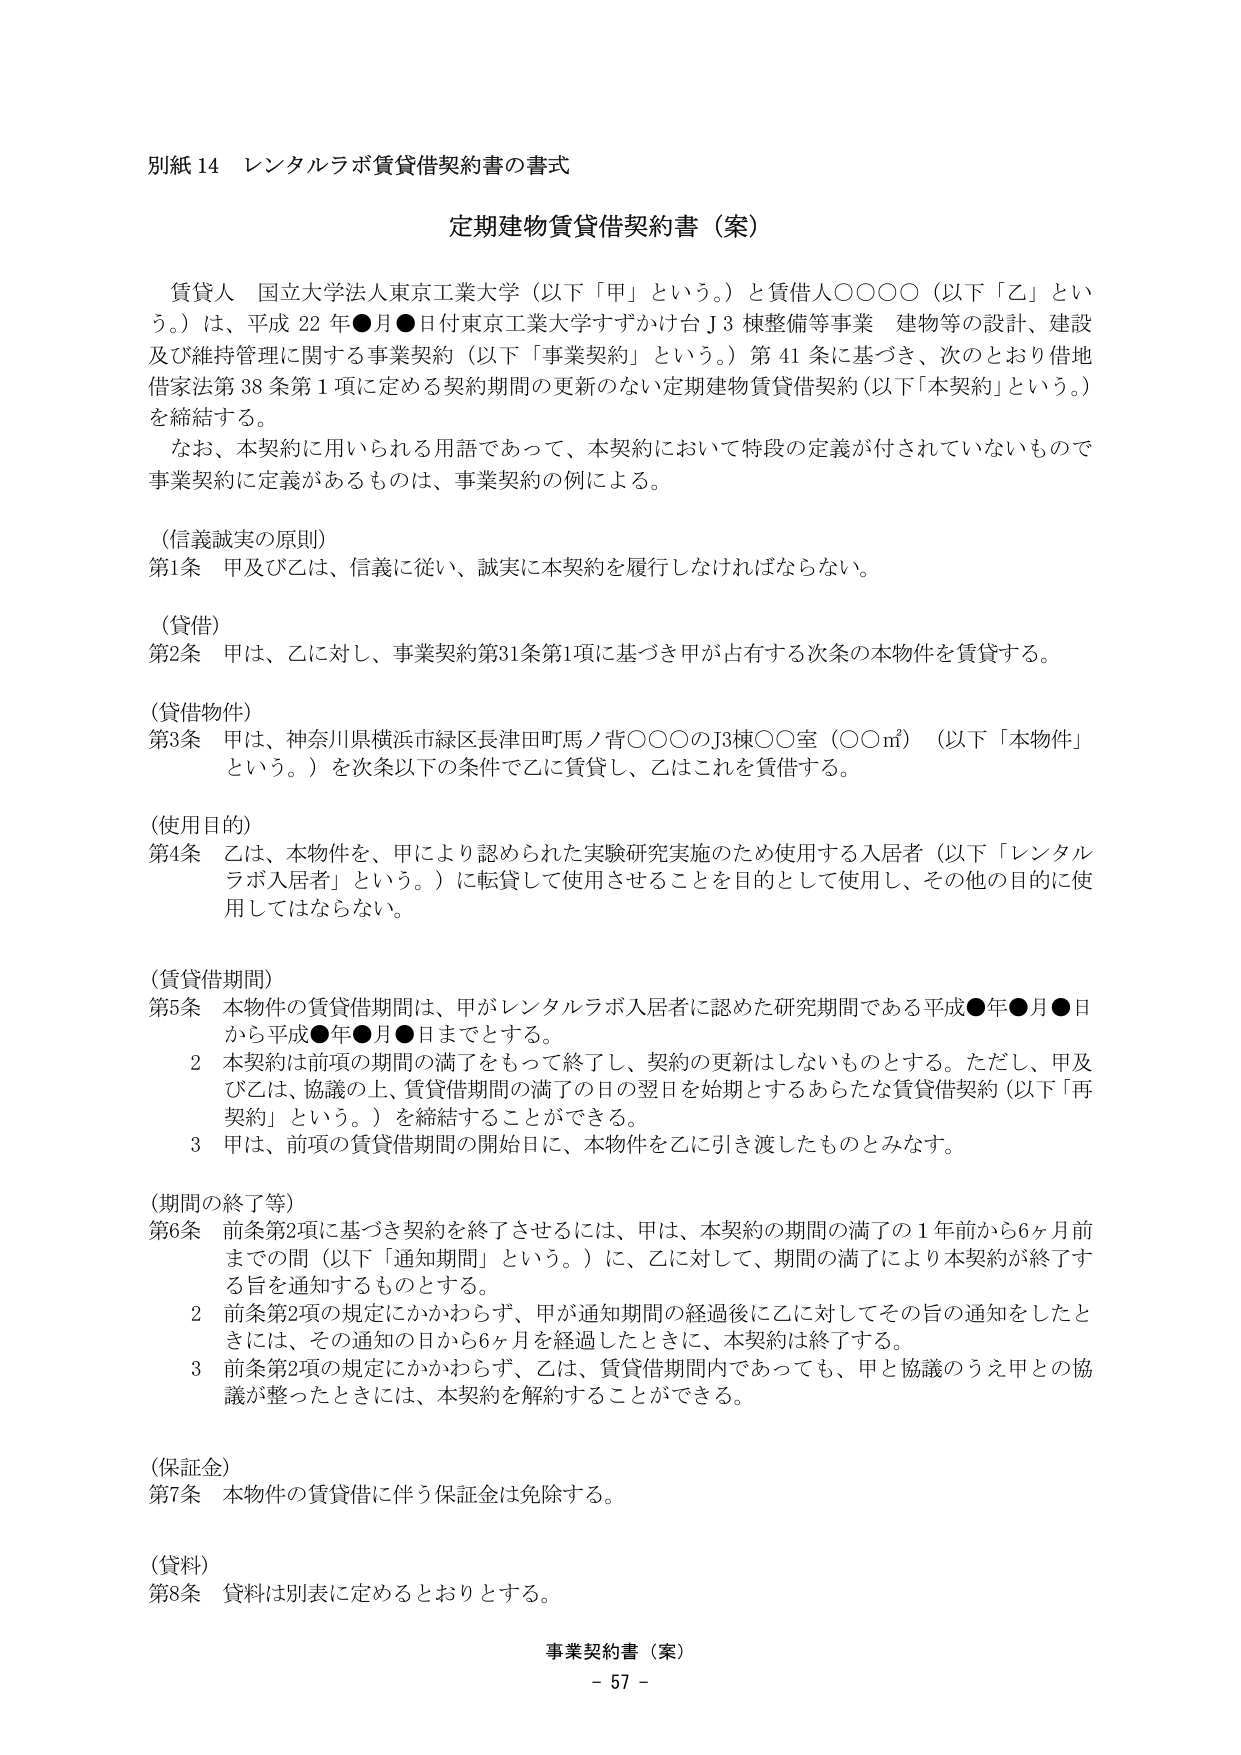
別紙14 レンタルラボ賃貸借契約書の書式

定期建物賃貸借契約書（案）

賃貸人 国立大学法人東京工業大学（以下「甲」という。）と賃借人○○○○（以下「乙」という。）は、平成22年●月●日付東京工業大学すずかけ台J3棟整備等事業 建物等の設計、建設及び維持管理に関する事業契約（以下「事業契約」という。）第41条に基づき、次のとおり借地借家法第38条第1項に定める契約期間の更新のない定期建物賃貸借契約（以下「本契約」という。）を締結する。

なお、本契約に用いられる用語であって、本契約において特段の定義が付されていないもので事業契約に定義があるものは、事業契約の例による。

（信義誠実の原則）
第1条 甲及び乙は、信義に従い、誠実に本契約を履行しなければならない。

（貸借）
第2条 甲は、乙に対し、事業契約第31条第1項に基づき甲が占有する次条の本物件を賃貸する。

（貸借物件）
第3条 甲は、神奈川県横浜市緑区長津田町馬ノ背○○○のJ3棟○○室（○○㎡）（以下「本物件」という。）を次条以下の条件で乙に賃貸し、乙はこれを賃借する。

（使用目的）
第4条 乙は、本物件を、甲により認められた実験研究実施のため使用する入居者（以下「レンタルラボ入居者」という。）に転貸して使用させることを目的として使用し、その他の目的に使用してはならない。

（賃貸借期間）
第5条 本物件の賃貸借期間は、甲がレンタルラボ入居者に認めた研究期間である平成●年●月●日から平成●年●月●日までとする。
　　2 本契約は前項の期間の満了をもって終了し、契約の更新はしないものとする。ただし、甲及び乙は、協議の上、賃貸借期間の満了の日の翌日を始期とするあらたな賃貸借契約（以下「再契約」という。）を締結することができる。
　　3 甲は、前項の賃貸借期間の開始日に、本物件を乙に引き渡したものとみなす。

（期間の終了等）
第6条 前条第2項に基づき契約を終了させるには、甲は、本契約の期間の満了の1年前から6ヶ月前までの間（以下「通知期間」という。）に、乙に対して、期間の満了により本契約が終了する旨を通知するものとする。
　　2 前条第2項の規定にかかわらず、甲が通知期間の経過後に乙に対してその旨の通知をしたときには、その通知の日から6ヶ月を経過したときに、本契約は終了する。
　　3 前条第2項の規定にかかわらず、乙は、賃貸借期間内であっても、甲と協議のうえ甲との協議が整ったときには、本契約を解約することができる。

（保証金）
第7条 本物件の賃貸借に伴う保証金は免除する。

（賃料）
第8条 賃料は別表に定めるとおりとする。

事業契約書（案）
- 57 -